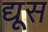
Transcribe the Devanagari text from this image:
द्यूस